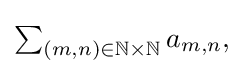
{\textstyle \sum _{(m,n)\in \mathbb {N} \times \mathbb {N} }a_{m,n},}